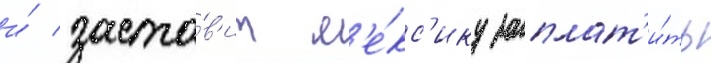
и́ заста́в'ит м'е́кс'ику заплат'и́ть